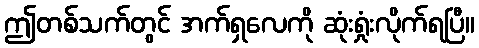
ဤတစ်သက်တွင် အက်ရှလေကို ဆုံးရှုံးလိုက်ရပြီ။